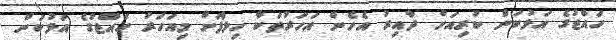
ހައްޖުގެ އަޅުކަން ކުރިއަށް ދާއިރު އެހެން އަހަރުތަކާ ހިލާފަށް މިއަހަރު ހައްޖުގެ އަޅުކަން